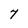
Character: 7